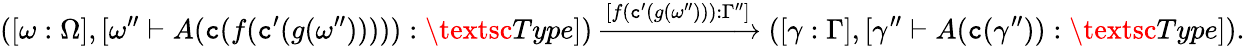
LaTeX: ([\omega:\Omega],[\omega^{\prime\prime}\vdash A(\textnormal{\texttt{c}}(f(\textnormal{\texttt{c}}^{\prime}(g(\omega^{\prime\prime}))))):\textsc{Type}])\xrightarrow{[f(\textnormal{\texttt{c}}^{\prime}(g(\omega^{\prime\prime}))):\Gamma^{\prime\prime}]}([\gamma:\Gamma],[\gamma^{\prime\prime}\vdash A(\textnormal{\texttt{c}}(\gamma^{\prime\prime})):\textsc{Type}]).